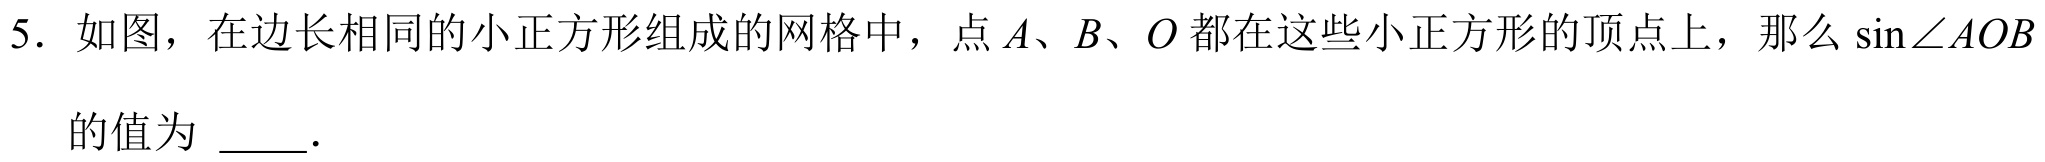
5. 如图，在边长相同的小正方形组成的网格中，点\(A、B、O\)都在这些小正方形的顶点上，那么\(\sin\angle AOB\)

的值为  ．